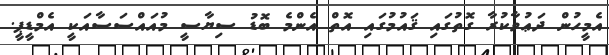
އެމީހުން ދަޢުވާކުރާ ގޮތުގައި ޤައުމުގައި އޮތް އެންމެ ބޮޑު ސިޔާސީ މުއައްސަސާއަކީ އެމްޑީޕީ.